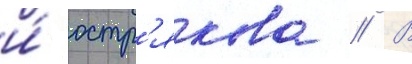
и́ остр'якова // В